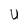
Character: U